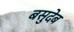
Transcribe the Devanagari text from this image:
बसुदेब